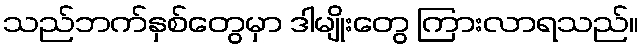
သည်ဘက်နှစ်တွေမှာ ဒါမျိုးတွေ ကြားလာရသည်။